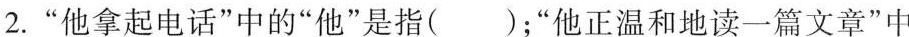
2.“他拿起电话”中的“他”是指( )；他正温和地读一篇“文章”中